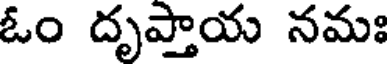
ఓం దృప్తాయ నమః